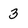
Character: 3